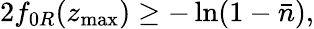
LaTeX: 2f_{0R}(z_{\operatorname*{max}})\geq-\ln(1-\bar{n}),